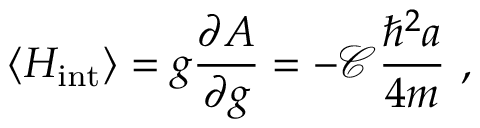
\langle H _ { \mathrm { i n t } } \rangle = g \frac { \partial A } { \partial g } = - \mathcal { C } \frac { \hbar ^ { 2 } a } { 4 m } \ ,